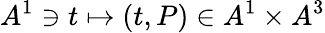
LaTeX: A^{1}\ni t\mapsto(t,P)\in A^{1}\times A^{3}